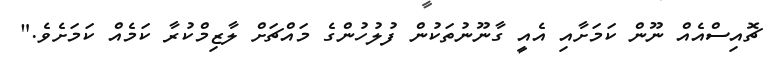
ޗޮއިސްއެއް ނޫން ކަމަށާއި އެއީ ގާނޫނުތަކުން ފުލުހުންގެ މައްޗަށް ލާޒިމްކުރާ ކަމެއް ކަމަށެވެ."